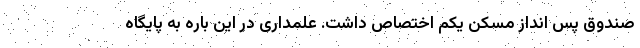
صندوق پس انداز مسکن یکم اختصاص داشت. علمداری در این باره به پایگاه